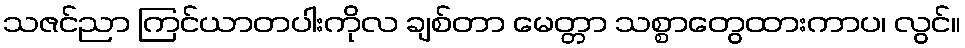
သဇင်ညာ ကြင်ယာတပါးကိုလ ချစ်တာ မေတ္တာ သစ္စာတွေထားကာပ၊ လွင်။